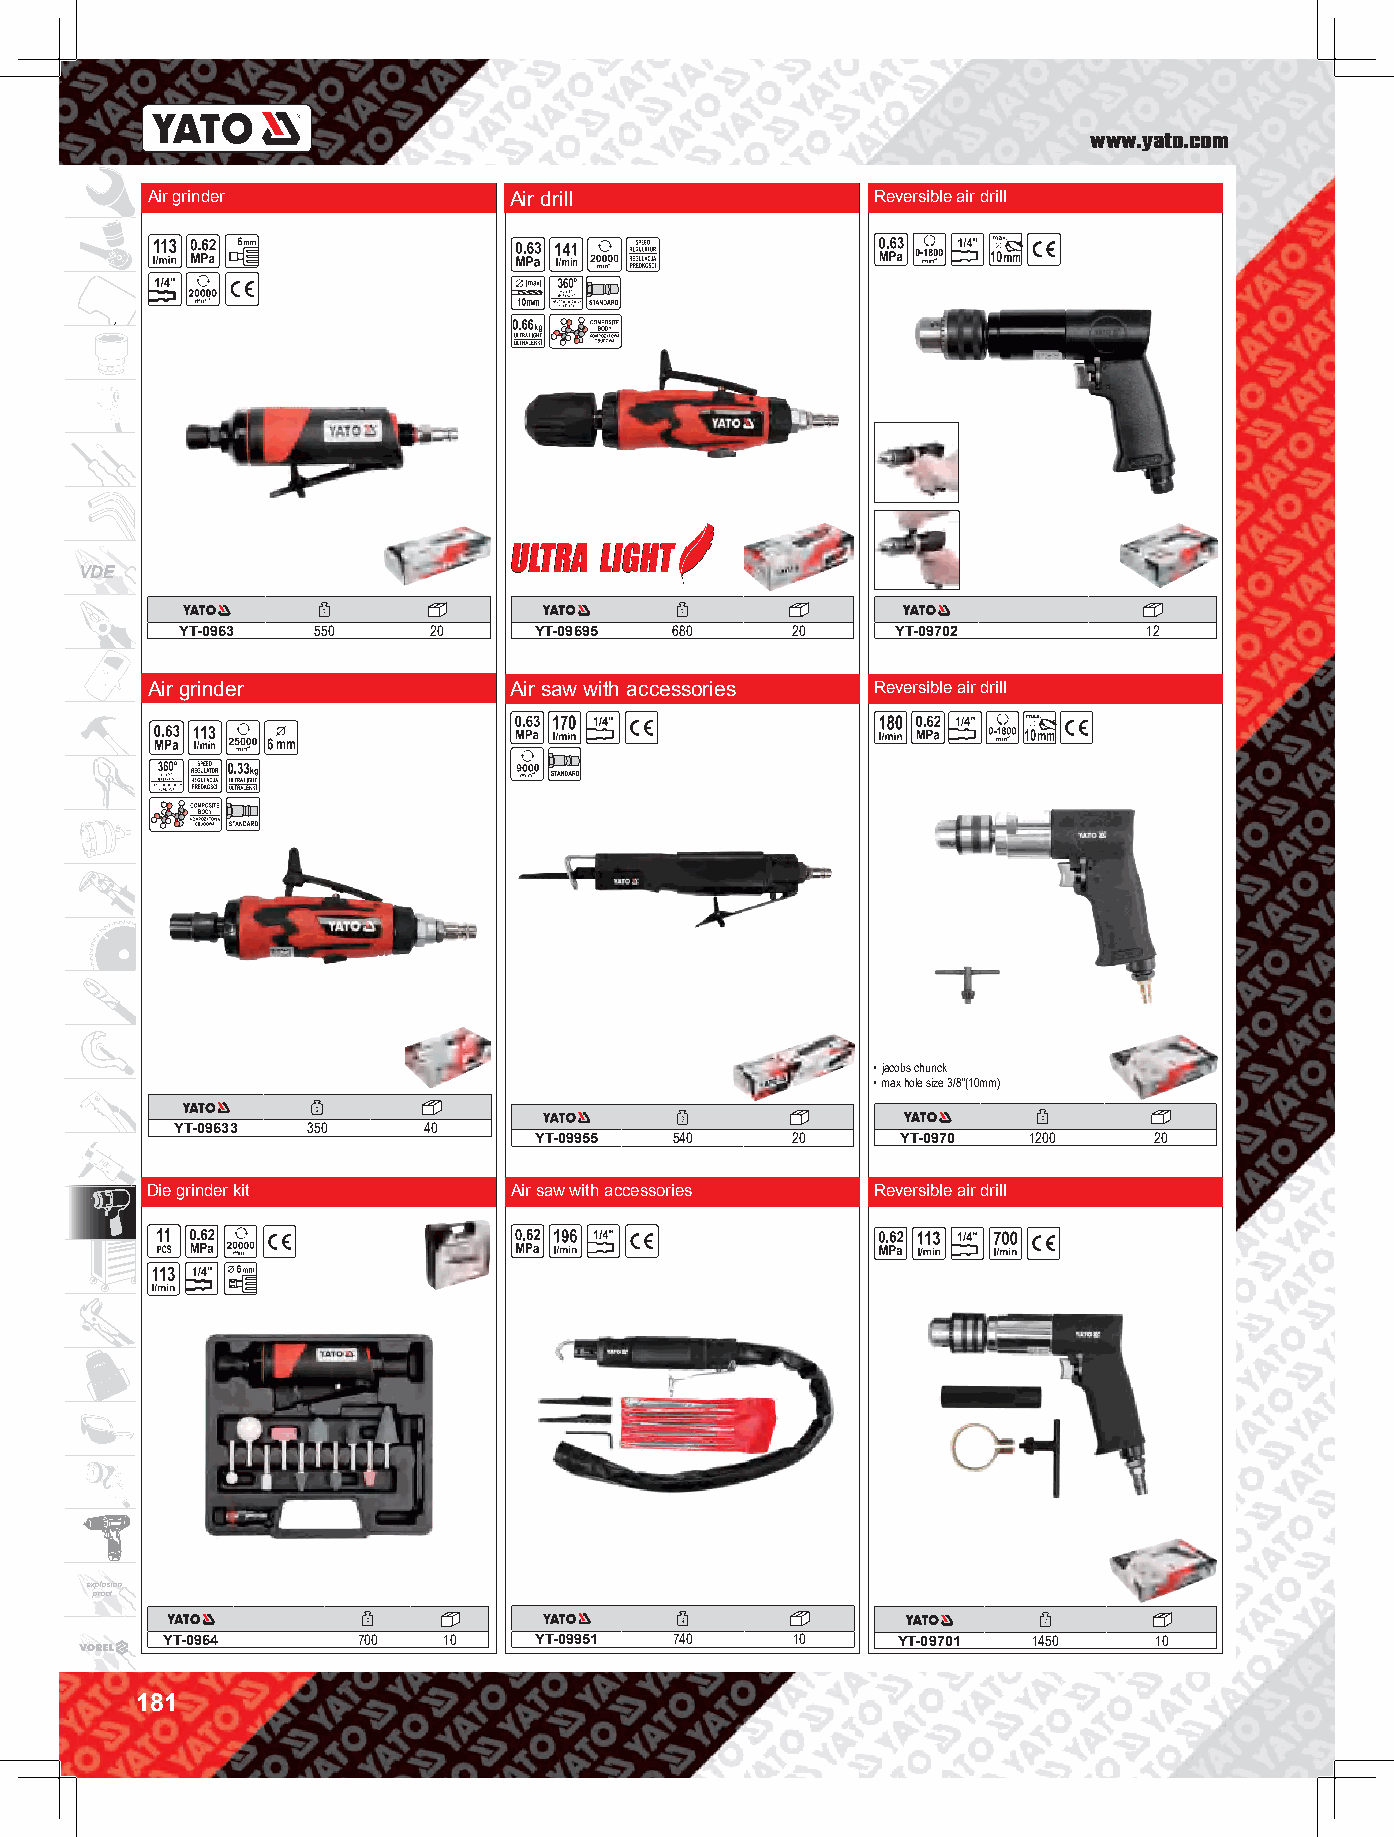
www.yato.com
 Air grinder             Air drill               Reversible air drill
 VDE
 YT-0963  550    20     YT-09695  680    20     YT-09702         12
 Air grinder             Air saw with accessories Reversible air drill
 • jacobs chunck
 • max hole size 3/8”(10mm)
 YT-09633 350    40
 YT-09955  540    20      YT-0970 1200    20
 Die grinder kit         Air saw with accessories Reversible air drill
 explosion
 proof
 YT-0964      700  10    YT-09951  740    10     YT-09701 1450    10
 181